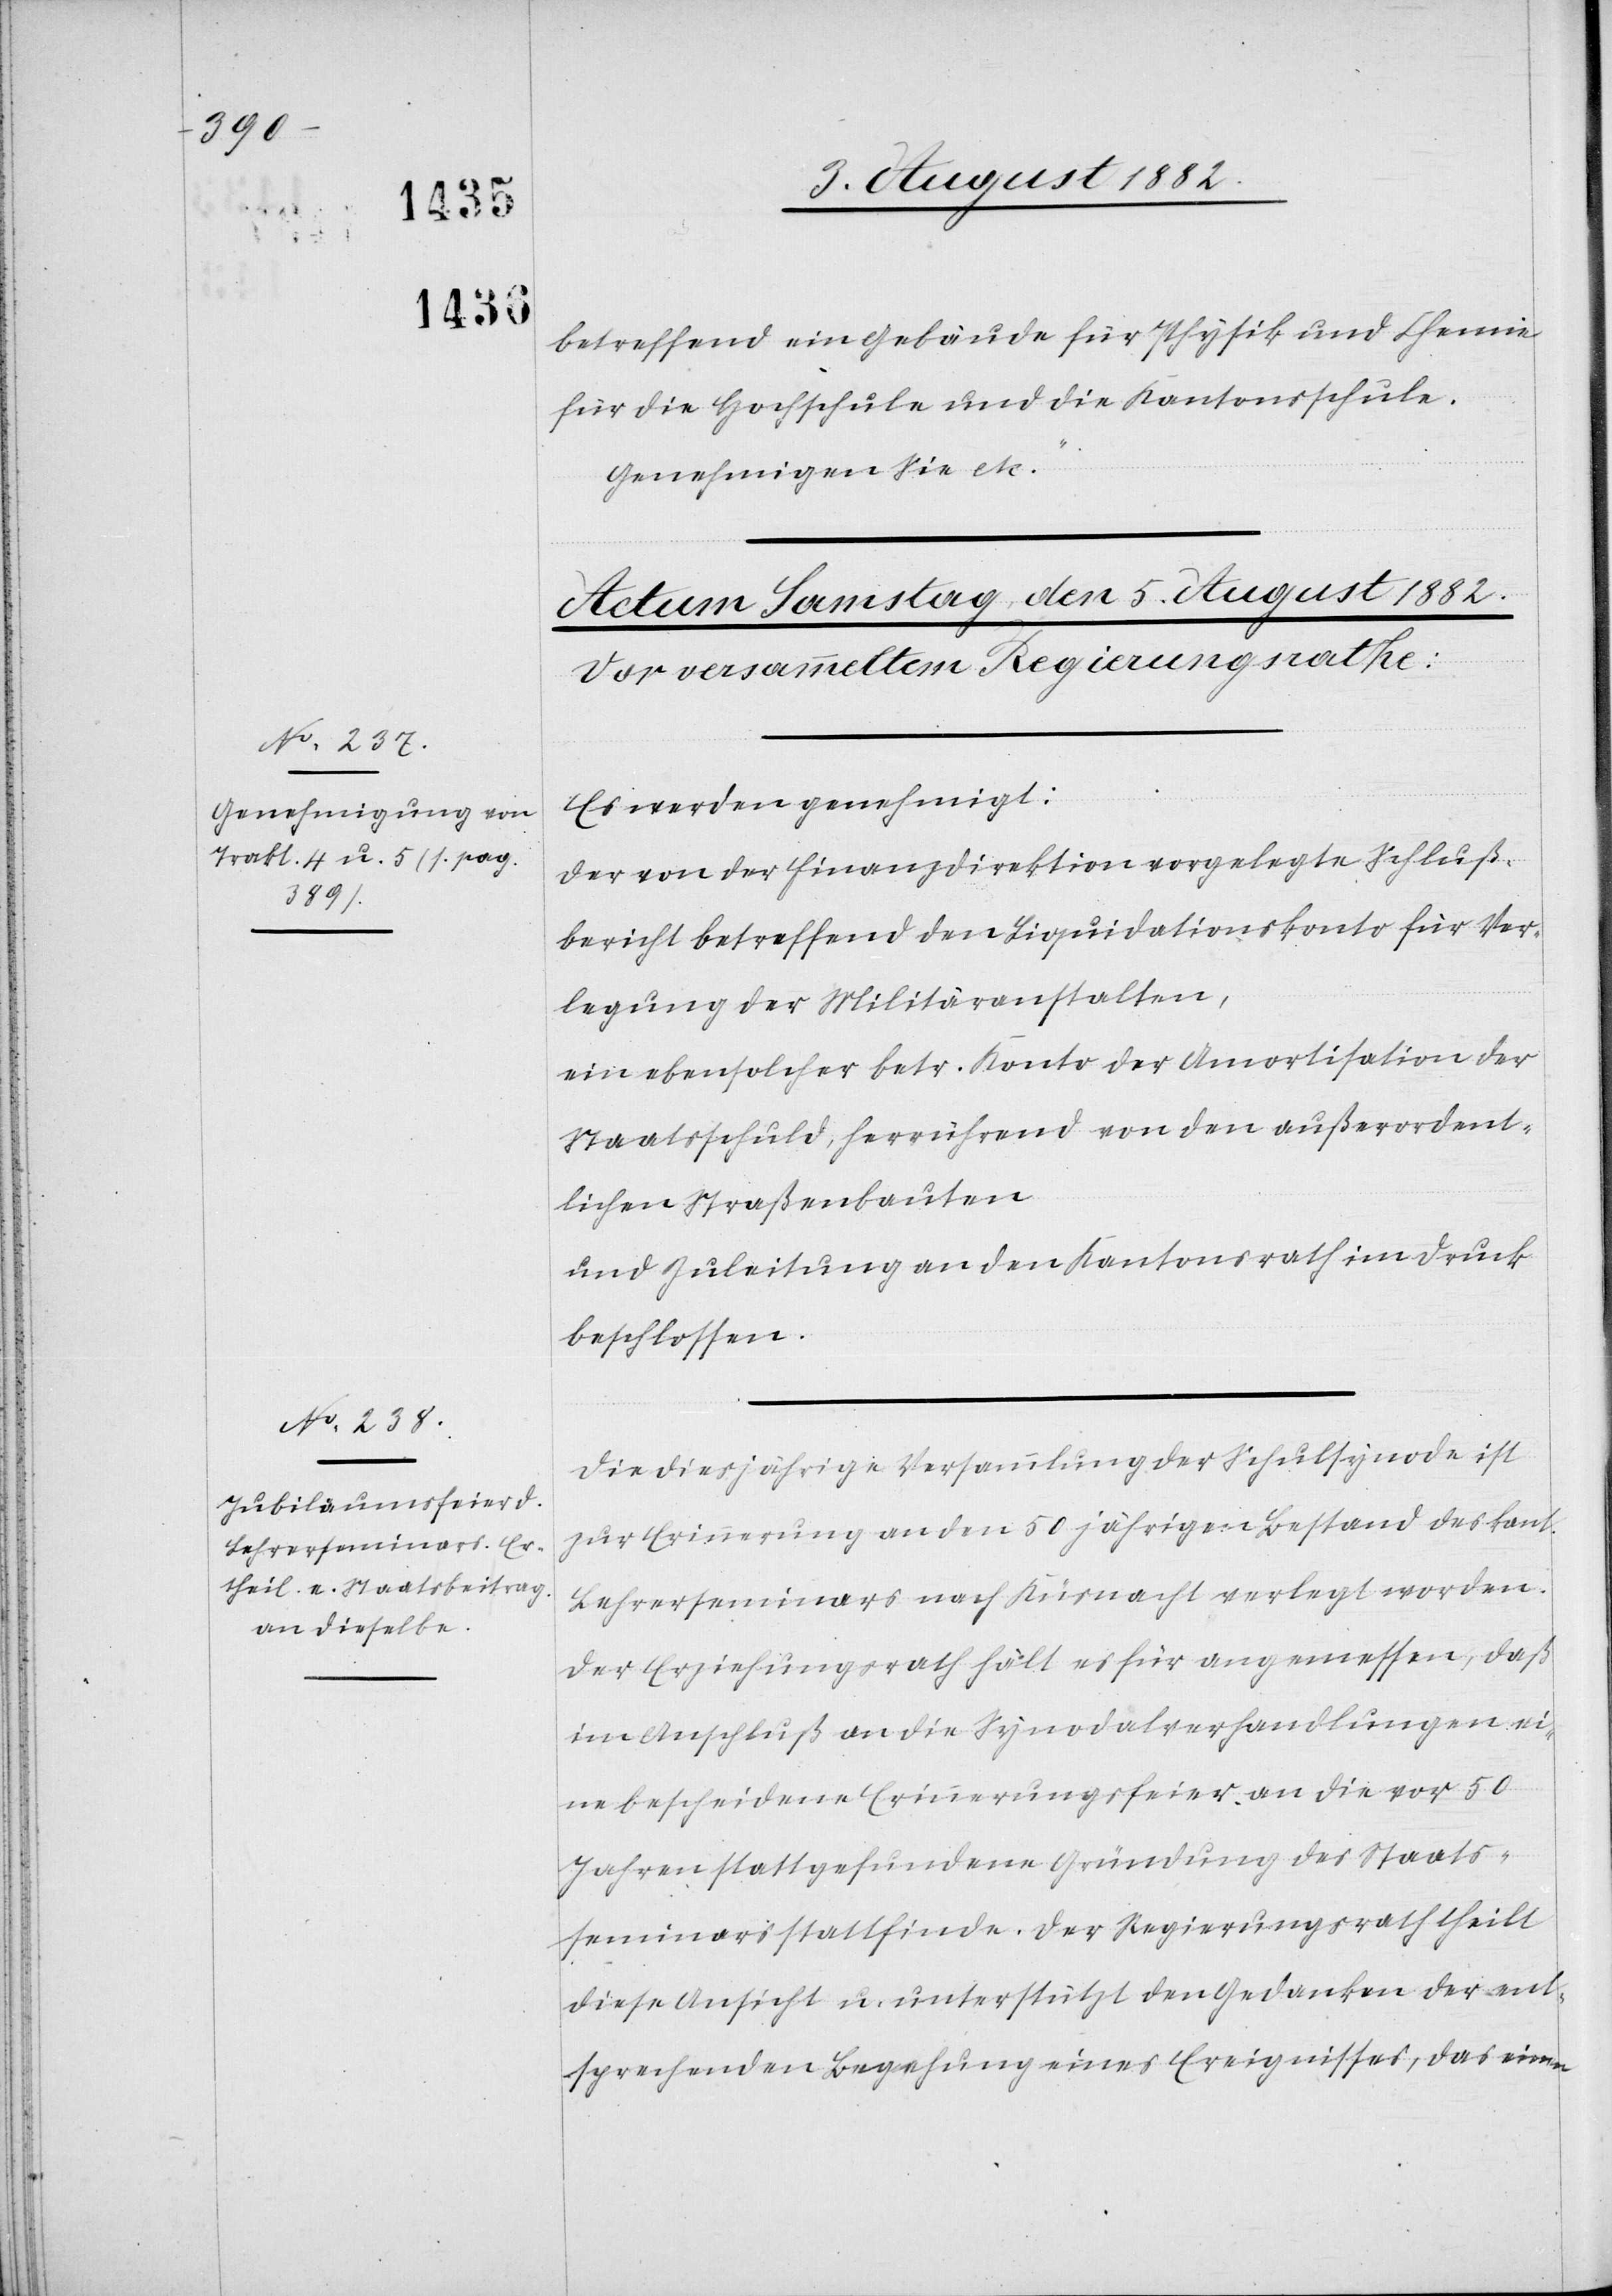
betreffend ein Gebäude für Physik und Chemie
für die Hochschule und die Kantonsschule.
Genehmigen Sie etc.“
Es werden genehmigt:
Der von der Finanzdirektion vorgelegte Schluß¬
bericht betreffend den Liquidationskonto für Ver¬
legung der Militäranstalten,
ein ebensolcher betr. Konto der Amortisation der
Staatsschuld, herrührend von den außerordent¬
lichen Straßenbauten
und Zuleitung an den Kantonsrath im Druck
beschlossen.
Die diesjährige Versammlung der Schulsynode ist
zur Erinnerung an den 50 jährigen Bestand des kant.
Lehrerseminars nach Küsnacht verlegt worden.
Der Erziehungsrath hält es für angemessen, daß
im Anschluß an die Synodalverhandlungen ei¬
ne bescheidene Erinnerungsfeier an die vor 50
Jahren stattgefundene Gründung des Staats¬
seminars stattfinde. Der Regierungsrath theilt
diese Ansicht u. unterstützt den Gedanken der ent¬
sprechenden Begehung eines Ereignisses, das einen